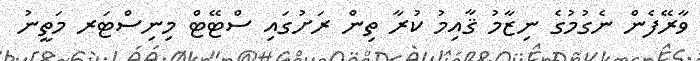
ވާރޭފެން ނެގުމުގެ ނިޒާމު ޤާއިމު ކުރާ ތިން ރަށުގައި ސްޓޭޓް މިނިސްޓަރ މަތީނު